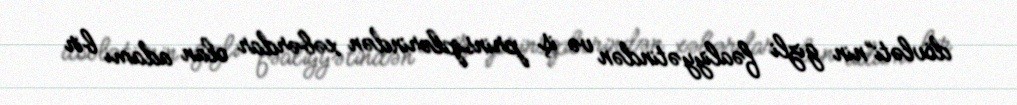
dövləti”nin gizli fəaliyyətindən və iş prinsiplərindən xəbərdar olan adamı bir